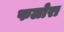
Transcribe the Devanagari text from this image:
फलोरा